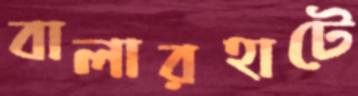
বালারহাটে